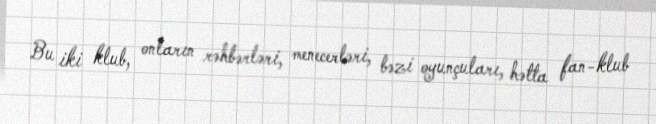
Bu iki klub, onların rəhbərləri, menecerləri, bəzi oyunçuları, hətta fan-klub